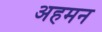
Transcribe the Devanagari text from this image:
अहमन